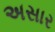
અસાર